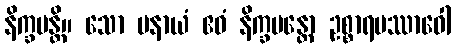
နိက္ခမန္တိ။ သော ပနာယံ ဧဝံ နိက္ခမန္တော ဥစ္စာရပဿာဝေါ